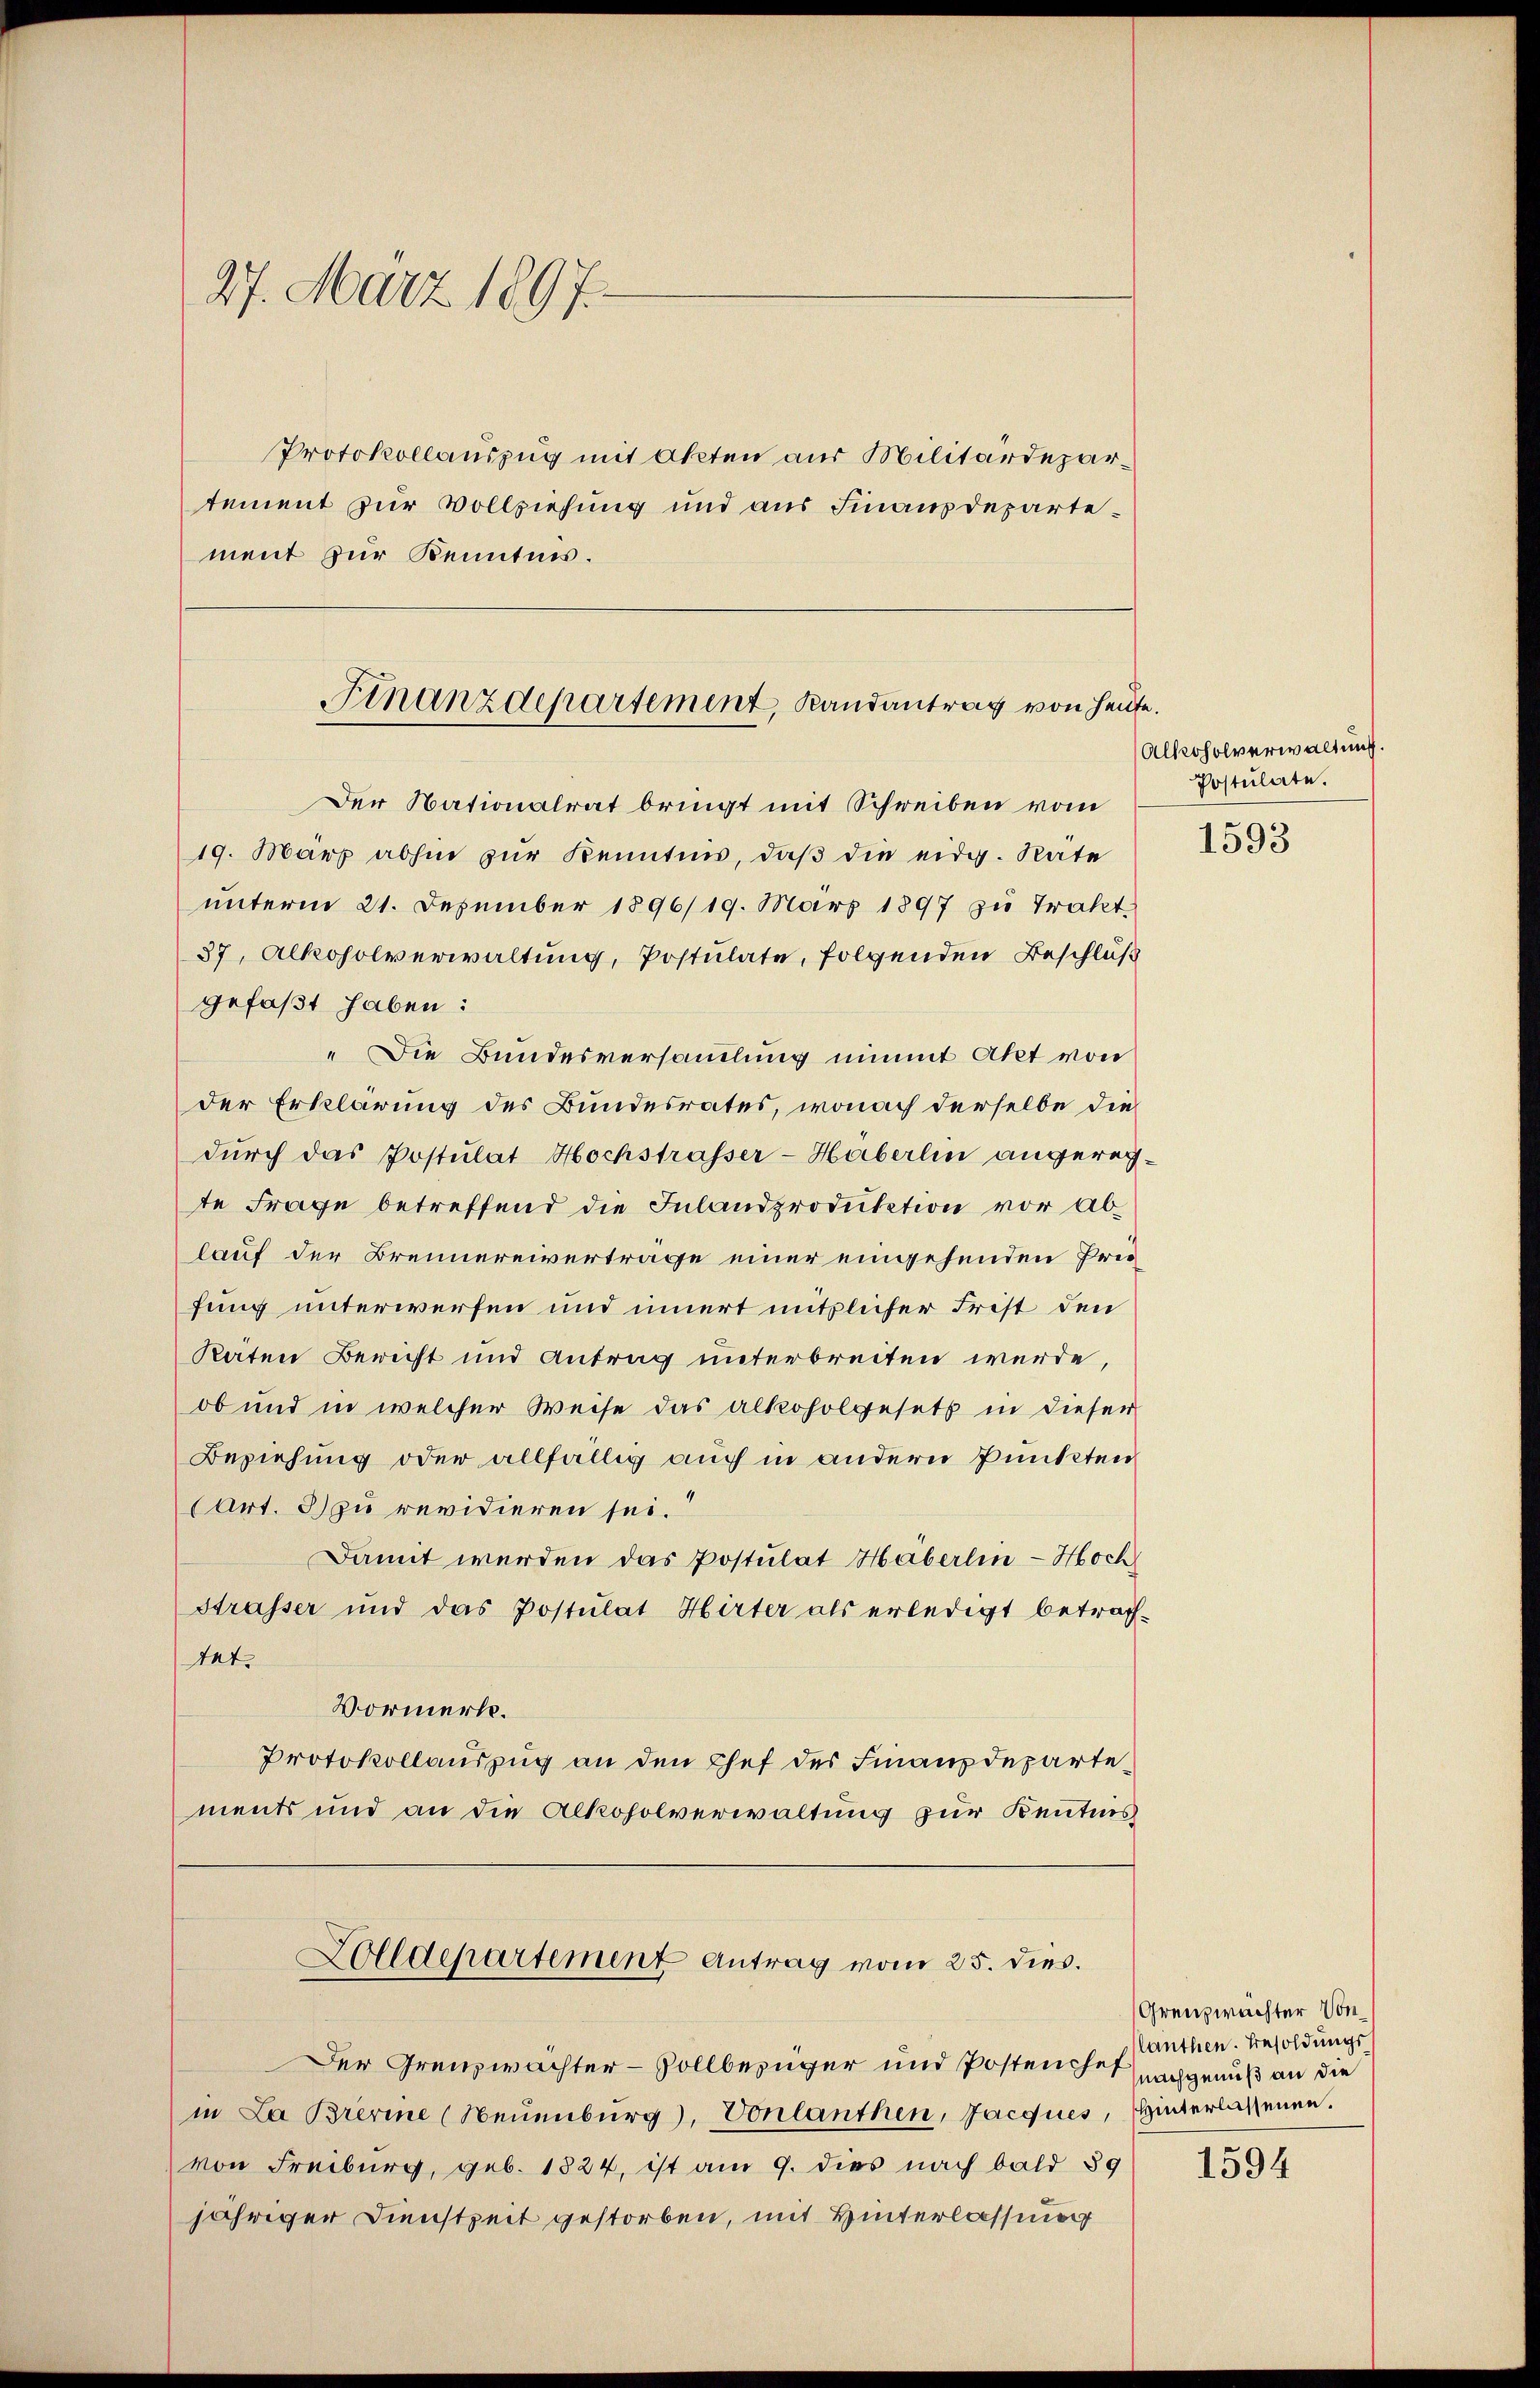
27. März 1897.

Protokollauszug mit Akten aus Militärdepartement zur Vollziehung und aus Finanzdepartement zur Kenntnis.

Finanzdepartement, Randantrag von heute.

Der Nationalrat bringt mit Schreiben vom
19. März abhin zŭr Kenntnis, daβ die eidg. Rate
unterm 21. Dezember 1896/19. März 1897 zu Trakt
37, Alkoholverwaltung, Postulate, folgenden Beschluß
gefaßt haben:
" Die Bundesversammlung nimmt Akt von
der Erklärung des Bundesrates, wonach derselbe die
durch das Postulat Hochstrasser-Häberlin angereg-
te Frage betreffend die Inlandproduktion vor Ablauf der Brennereiverträge einer eingehenden Preifung unterwerfen und innert mittlicher Frist den
Raten Bericht und Antrag unterbreiten werde,
ob und in welcher Weise das alkoholgesetz in dieser
Beziehung oder allfällig auch in andern Punkten
(Art. 3) zu revidieren sei.“
Damit werden das Postulat Häberlin - Hoch
Strasser und das Postulat Hirter als erledigt betrach-
tet.
Vormerk.
Protokollauszug an den Chef des Finanzdepartements und an die Alkoholverwaltung zur Kenntnis
Dolldepartement Antrag vom 25. dies.
Der Grenzwächter-Vollbezüger und Posten hat nachgenuß an die
in La Brerine (Neuenburg, Vonlanthen, Jacques, Hinterlassenen.
von Freiburg, geb. 1824, ist am 9. dies nach bald 39
jähriger Dienstzeit gestorben, mit Hinterlassung

Alkoholverwaltung.
Postulate.

1593

Grenzwachter Von
lanthen. Besoldungs

1594